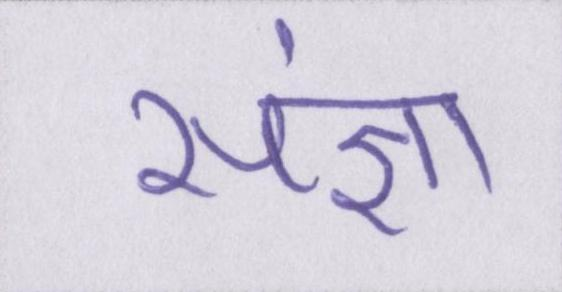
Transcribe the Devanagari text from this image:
संज्ञा